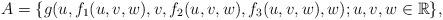
LaTeX: \begin{align*} A =\{g(u, f_1(u,v,w),v,f_2(u,v,w) , f_3(u,v,w), w); u,v,w \in \mathbb R \}, \end{align*}